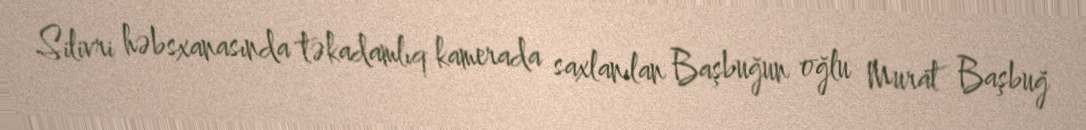
Silivri həbsxanasında təkadamlıq kamerada saxlanılan Başbuğun oğlu Murat Başbuğ